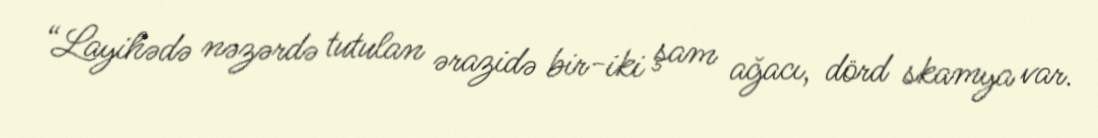
“Layihədə nəzərdə tutulan ərazidə bir-iki şam ağacı, dörd skamya var.